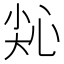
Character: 𢙭